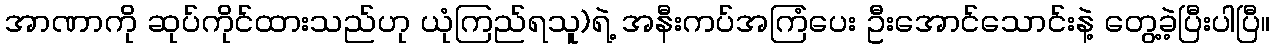
အာဏာကို ဆုပ်ကိုင်ထားသည်ဟု ယုံကြည်ရသူ)ရဲ့ အနီးကပ်အကြံပေး ဦးအောင်သောင်းနဲ့ တွေ့ခဲ့ပြီးပါပြီ။